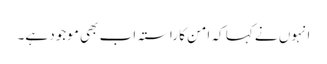
انہوں نے کہا کہ امن کا راستہ اب بھی موجود ہے۔